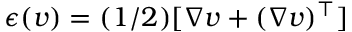
\boldsymbol { \epsilon } ( \boldsymbol { v } ) = ( 1 / 2 ) [ \nabla \boldsymbol { v } + ( \nabla \boldsymbol { v } ) ^ { \top } ]